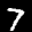
Label: 7